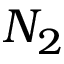
N _ { 2 }